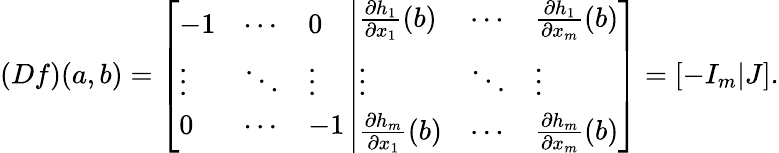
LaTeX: (Df)(a,b)=\left[{\begin{array}{lll}{-1}&{\cdots}&{0}\\ {\vdots}&{\ddots}&{\vdots}\\ {0}&{\cdots}&{-1}\end{array}}\left|{\begin{array}{lll}{{\frac{\partial h_{1}}{\partial x_{1}}}(b)}&{\cdots}&{{\frac{\partial h_{1}}{\partial x_{m}}}(b)}\\ {\vdots}&{\ddots}&{\vdots}\\ {{\frac{\partial h_{m}}{\partial x_{1}}}(b)}&{\cdots}&{{\frac{\partial h_{m}}{\partial x_{m}}}(b)}\end{array}}\right.\right]=[-I_{m}|J].